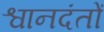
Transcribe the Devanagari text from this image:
श्वानदंतों